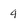
Character: 4